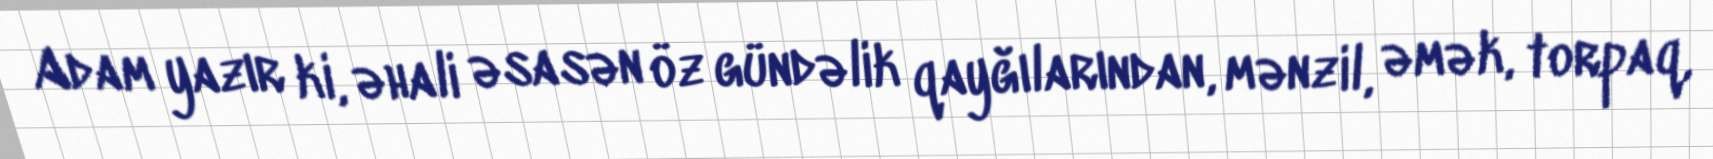
Adam yazır ki, əhali əsasən öz gündəlik qayğılarından, mənzil, əmək, torpaq,